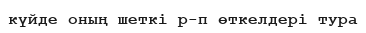
күйде оның шеткі р-п өткелдері тура